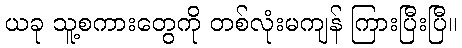
ယခု သူ့စကားတွေကို တစ်လုံးမကျန် ကြားပြီးပြီ။